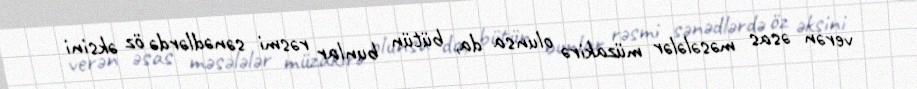
verən əsas məsələlər müzakirə olunsa da, bütün bunlar rəsmi sənədlərdə öz əksini